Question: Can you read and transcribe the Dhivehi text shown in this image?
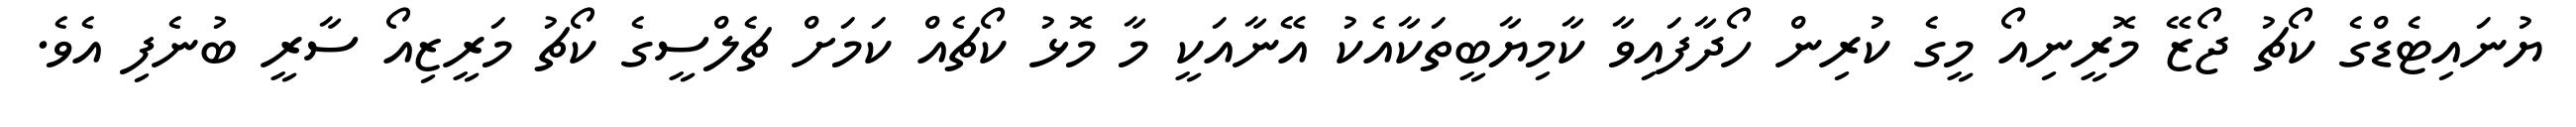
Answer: ޔުނައިޓެޑްގެ ކޯޗު ޖޯޒޭ މޮރީނިއޯ މީގެ ކުރިން ހޯދާފައިވާ ކާމިޔާބީތަކާއެކު އޭނާއަކީ މާ މޮޅު ކޯޗެއް ކަމަށް ޗެލްސީގެ ކޯޗު މަރީޒިއޯ ސާރީ ބުނެފި އެވެ.